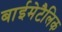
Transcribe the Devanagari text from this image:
बाईमेटैलिक